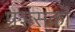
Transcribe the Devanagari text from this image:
प्रशंसकॊं